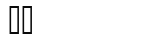
٢٨